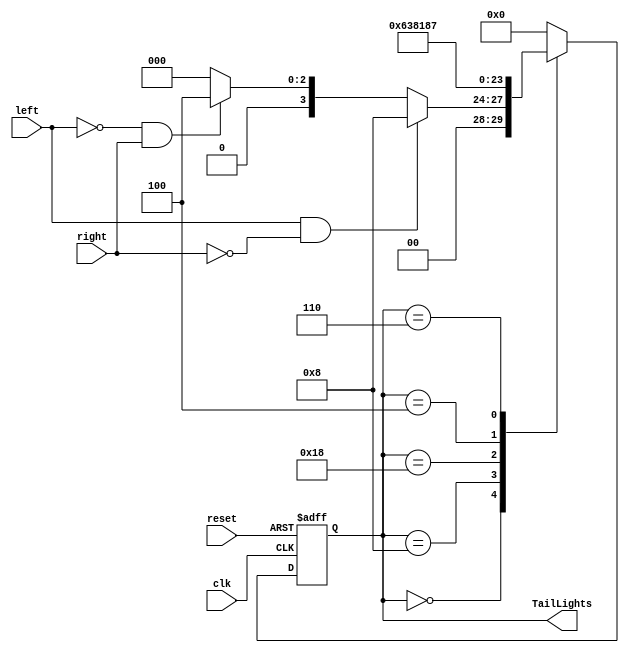
module Indicators(	input  clk,
					input  left,
					input  right,
					input  reset,
					output [5:0] TailLights);

	reg [5:0] state;
 	reg [5:0] nextstate;

 	// Fully encoded states with 6 bits
 	parameter   S00 = 6'b000000,
 	            SLA = 6'b001000,
                SLB = 6'b011000,
 	            SLC = 6'b111000,
 	            SRA = 6'b000100,
 	            SRB = 6'b000110,
 	            SRC = 6'b000111;

	// state register
	always @ (posedge clk, posedge reset)
		if (reset) state <= S00;
		else state <= nextstate;

	// next state logic
	always @ (*)
		case (state)

			S00:	begin 
                        if (left & ~right) begin	// only the left signal is on
                           nextstate = SLA;
                        end
                        else if (~left & right) begin	// only the right signal is on
                           nextstate = SRA;
                        end
                        else begin						// either both or none of the signals are on
                           nextstate = S00;
                        end
				    end
			SLA:	nextstate = SLB;
			SLB:	nextstate = SLC;
			SLC:	nextstate = S00;
			SRA:	nextstate = SRB;
			SRB:	nextstate = SRC;
			SRC:	nextstate = S00;
			default: nextstate = S00;

		endcase

	// output logic
	assign TailLights = state;


endmodule